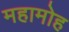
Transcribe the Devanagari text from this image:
महामोह